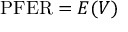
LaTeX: \mathrm { P F E R } = E ( V )